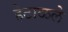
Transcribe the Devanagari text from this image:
हेटाळले